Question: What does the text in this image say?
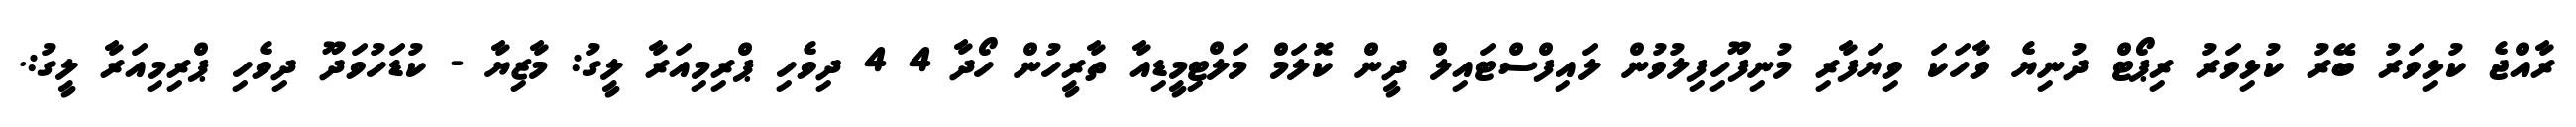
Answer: ރާއްޖެ ކުޅިވަރު ބޭރު ކުޅިވަރު ރިޕޯޓް ދުނިޔެ ވާހަކަ ވިޔަފާރި މުނިފޫހިފިލުވުން ލައިފްސްޓައިލް ދީން ކޮލަމް މަލްޓިމީޑިއާ ތާރީހުން ހޯދާ 4 4 ދިވެހި ޕްރިމިއަރާ ލީގު: މާޒިޔާ - ކުޑަހުވަދޫ ދިވެހި ޕްރިމިއަރާ ލީގު:.